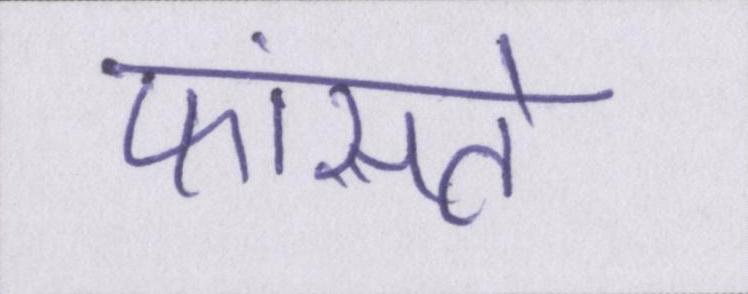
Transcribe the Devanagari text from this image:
फांसते